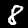
Label: 8